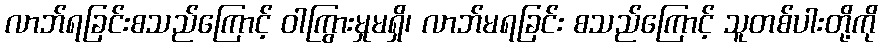
လာဘ်ရခြင်းစသည်ကြောင့် ဝါကြွားမှုမရှိ၊ လာဘ်မရခြင်း စသည်ကြောင့် သူတစ်ပါးတို့ကို